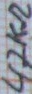
Text: 47KΩ